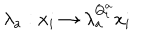
\lambda _ { a } : x _ { i } \rightarrow \lambda _ { a } ^ { Q _ { i } ^ { a } } x _ { i }